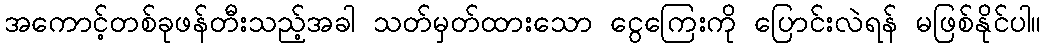
အကောင့်တစ်ခုဖန်တီးသည့်အခါ သတ်မှတ်ထားသော ငွေကြေးကို ပြောင်းလဲရန် မဖြစ်နိုင်ပါ။